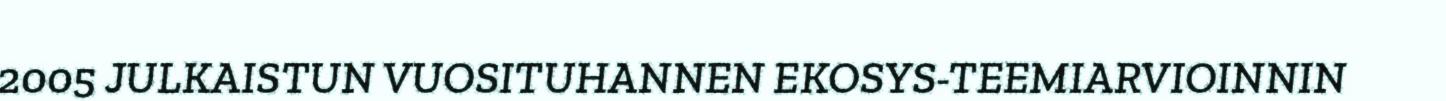
2005 JULKAISTUN VUOSITUHANNEN EKOSYS-TEEMIARVIOINNIN